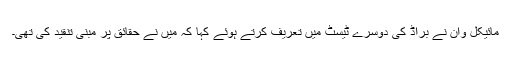
مائیکل وان نے براڈ کی دوسرے ٹیسٹ میں تعریف کرتے ہوئے کہا کہ میں نے حقائق پر مبنی تنقید کی تھی۔